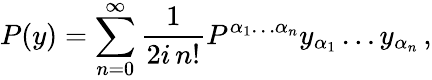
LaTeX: P(y)=\sum_{n=0}^{\infty}\frac{1}{2i\, n!}P^{\alpha_{1}\ldots\alpha_{n}}y_{\alpha_{1}}\ldots y_{\alpha_{n}}\, ,